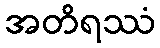
အတိရဿံ